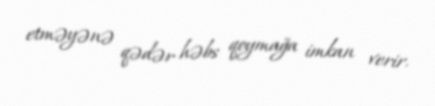
etməyənə qədər həbs qoymağa imkan verir.